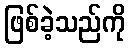
ဖြစ်ခဲ့သည်ကို